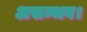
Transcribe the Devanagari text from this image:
असम्भव।